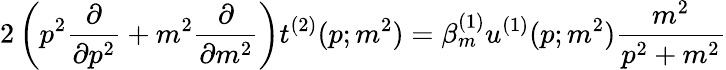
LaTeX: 2\left(p^{2}\frac{\partial}{\partial p^{2}}+m^{2}\frac{\partial}{\partial m^{2}}\right)t^{(2)}(p;m^{2})=\beta_{m}^{(1)}u^{(1)}(p;m^{2})\frac{m^{2}}{p^{2}+m^{2}}